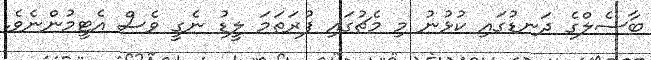
ބާސެލްގެ ދަނޑުގައި ކުޅުނު މި މެޗުގައި ފުރަތަމަ ލީޑު ނެގީ ވެސް އެޓީމުންނެވެ.